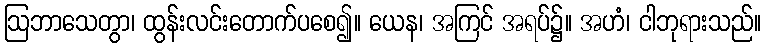
ဩဘာသေတွာ၊ ထွန်းလင်းတောက်ပစေ၍။ ယေန၊ အကြင် အရပ်၌။ အဟံ၊ ငါဘုရားသည်။